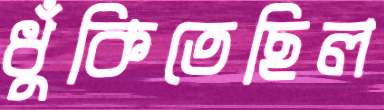
ধুঁকিতেছিল